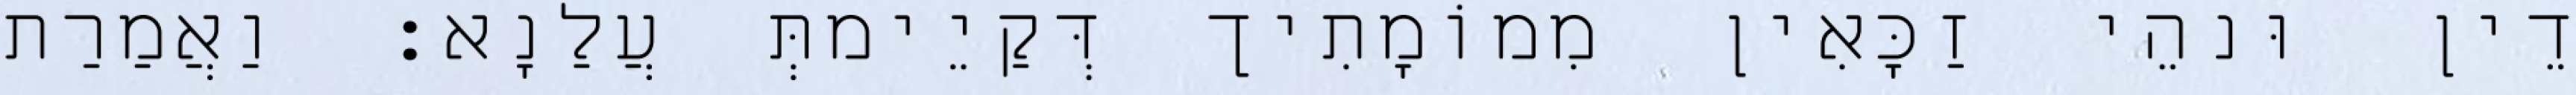
דֵין וּנהֵי זַכָּאִין מִמוֹמָתִיך דְּקַיֵימתְּ עֲלַנָא׃ וַאֲמַרַת